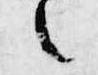
之